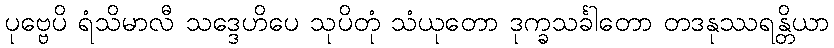
ပုဗ္ဗေပိ ရံသိမာလီ သဒ္ဒေဟိပေ သုပိတုံ သံယုတော ဒုက္ခသင်္ခါတော တဒနုဿရန္တိယာ